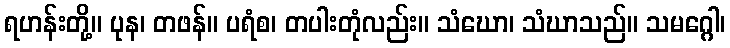
ရဟန်းတို့။ ပုန၊ တဖန်။ ပရံစ၊ တပါးတုံလည်း။ သံဃော၊ သံဃာသည်။ သမဂ္ဂေါ၊